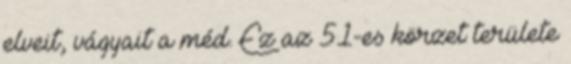
elveit, vágyait a méd. Ez az 51-es körzet területe